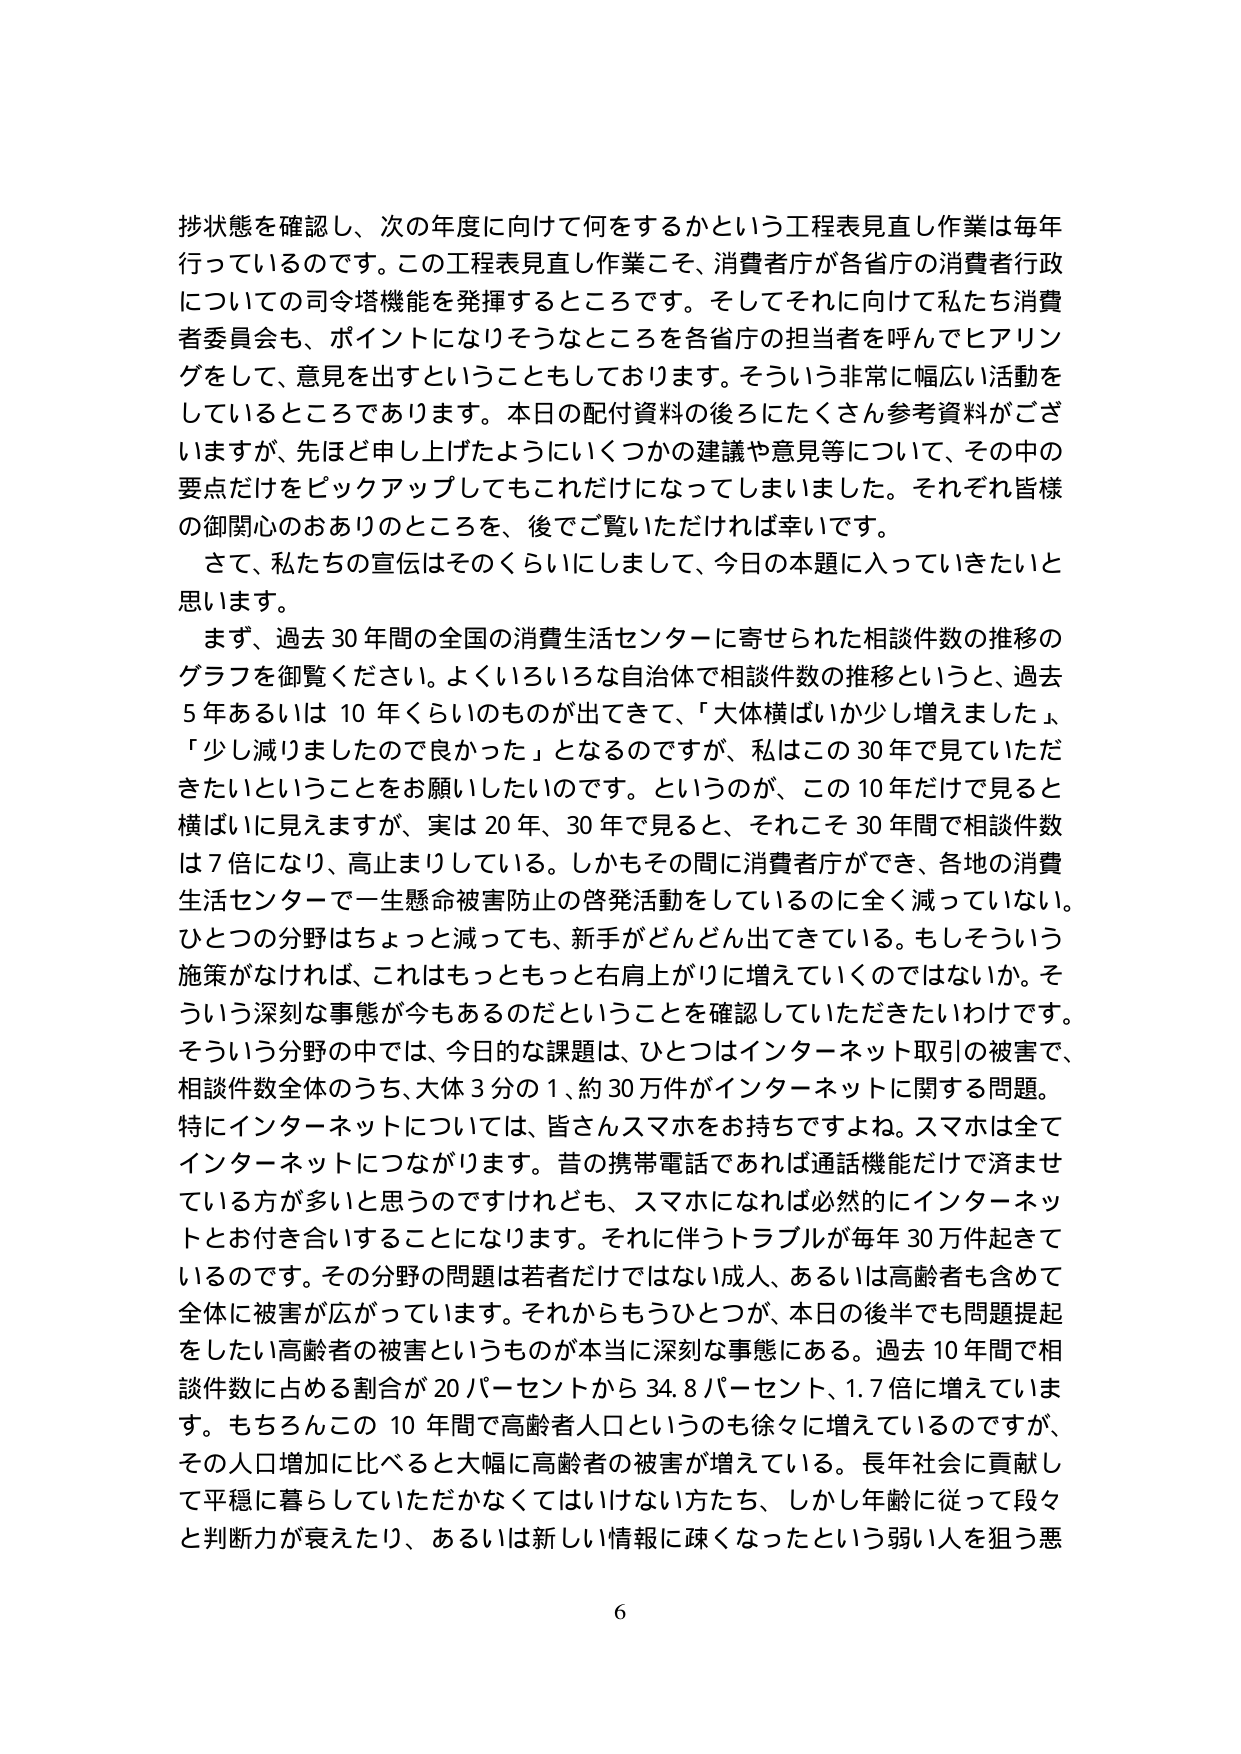
挙状態を確認し、次の年度に向けて何をするかという工程表見直し作業は毎年行っているのです。この工程表見直し作業こそ、消費者庁が各省庁の消費者行政についての司令塔機能を発揮するところです。そしてそれに向けて私たち消費者委員会も、ポイントになりそうなところを各省庁の担当者を呼んでヒアリングをして、意見を出すということもしております。そういう非常に幅広い活動をしているところであります。本日の配付資料の後ろにたくさん参考資料がございますが、先ほど申し上げたようにいくつかの建議や意見等について、その中の要点だけをピックアップしてもこれだけになってしまいました。それぞれ皆様の御関心のおありのところを、後でご覧いただければ幸いです。

さて、私たちの宣伝はそのくらいにしまして、今日の本題に入っていきたいと思います。

まず、過去30年間の全国の消費生活センターに寄せられた相談件数の推移のグラフを御覧ください。よくいろいろな自治体で相談件数の推移というと、過去5年あるいは10年くらいのものが出てきて、「大体横ばいか少し増えました」、「少し減りましたので良かった」となるのですが、私はこの30年で見ていただきたいということをお願いしたいのです。というのが、この10年だけで見ると横ばいに見えますが、実は20年、30年で見ると、それこそ30年間で相談件数は7倍になり、高止まりしている。しかもその間に消費者庁ができ、各地の消費生活センターで一生懸命被害防止の啓発活動をしているのに全く減っていない。ひとつの分野はちょっと減っても、新手がどんどん出てきている。もしそういう施策がなければ、これはもっともっと右肩上がりに増えていくのではないか。そういう深刻な事態が今もあるのだということを確認していただきたいわけです。そういう分野の中では、今日的な課題は、ひとつはインターネット取引の被害で、相談件数全体のうち、大体3分の1、約30万件がインターネットに関する問題。特にインターネットについては、皆さんスマホをお持ちですよね。スマホは全てインターネットにつながります。昔の携帯電話であれば通話機能だけで済ませている方が多いと思うのですけれども、スマホになれば必然的にインターネットとお付き合いすることになります。それに伴うトラブルが毎年30万件起きているのです。その分野の問題は若者だけではない成人、あるいは高齢者も含めて全体に被害が広がっています。それからもうひとつが、本日の後半でも問題提起をしたい高齢者の被害というものが本当に深刻な事態にある。過去10年間で相談件数に占める割合が20パーセントから34.8パーセント、1.7倍に増えています。もちろんこの10年間で高齢者人口というのも徐々に増えているのですが、その人口増加に比べると大幅に高齢者の被害が増えている。長年社会に貢献して平穏に暮らしていただかなくてはいけない方たち、しかし年齢に従って段々と判断力が衰えたり、あるいは新しい情報に疎くなったという弱い人を狙う悪

6